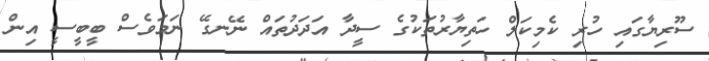
ސޫރިޔާގައި ހުރި ކެމިކަލް ހަތިޔާރުތަކުގެ ސީދާ އަދަދުތައް ނޭނގޭ ނަމަވެސް ބީބީސީ އިން